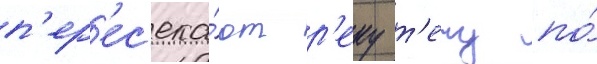
п'ер'ес'ека́ют р'еку т'ечу по́